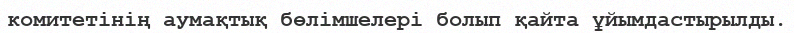
комитетінің аумақтық бөлімшелері болып қайта ұйымдастырылды.